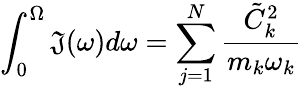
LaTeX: \int_{0}^{\Omega}\mathfrak{J}(\omega)d\omega=\sum_{j=1}^{N}\frac{{\tilde{{C}}_{k}^{2}}}{{m_{k}\omega_{k}}}